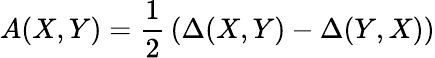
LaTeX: A(X,Y)={\frac{1}{2}}\left(\Delta(X,Y)-\Delta(Y,X)\right)